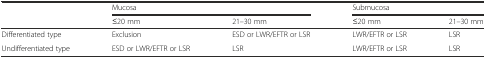
| <ROWSPAN=2>  | <COLSPAN=2> Mucosa | <COLSPAN=2> Submucosa |
 | ≤20 mm | 21–30 mm | ≤20 mm | 21–30 mm |
 | --- | --- | --- | --- | --- |
 | Differentiated type | Exclusion | ESD or LWR/EFTR or LSR | LWR/EFTR or LSR | LSR |
 | Undifferentiated type | ESD or LWR/EFTR or LSR | LSR | LWR/EFTR or LSR | LSR |